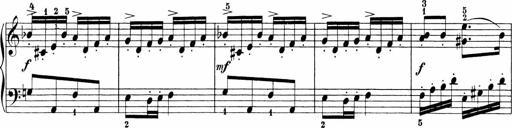
Title: Sonatinen Op.47, 98 und 136, nebst 6 Liedersonatinen
Composer: Carl Reinecke